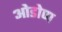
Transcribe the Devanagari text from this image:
ओडोण